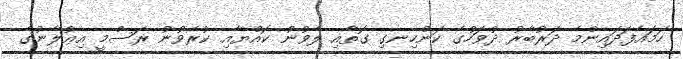
ހަމައެފަދައިންމެ ދަރުބާރު ދުވަހުގެ ކަންހިނގި ގޮތާއި ލެވުނު ކޮއްޔާއި ކުރެވުނު ރަސްމީ އިޢުލާނުގެ